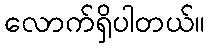
လောက်ရှိပါတယ်။